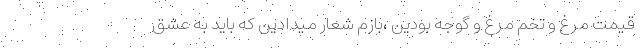
قیمت مرغ و تخم مرغ و گوجه بودین ،بازم شعار میدادین که باید به عشق